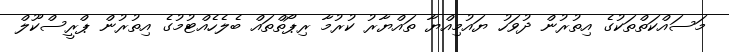
މަސައްކަތްތަކުގެ އިތުރުން ދުވަހު ޔައުމިއްޔާ ތައްޔާރު ކުރުމާ ރިޕޯތްތައް ބެލެހެއްޓުމުގެ އިތުރުން ޕްރީސްކޫލް